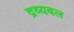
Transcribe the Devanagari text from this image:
द्रव्यबल